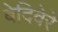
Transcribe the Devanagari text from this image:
बेदिवेरे